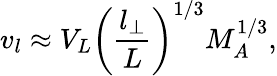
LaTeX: v_{l}\approx V_{L}\left(\frac{l_{\bot}}{L}\right)^{1/3}M_{A}^{1/3},